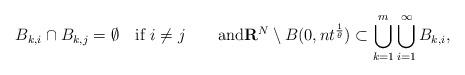
LaTeX: \begin{align*}B_{k,i}\cap B_{k,j}=\emptyset\quad\mbox{if $i\not=j$}\qquad\mbox{and}{\bf R}^N\setminus B(0,nt^\frac{1}{\theta})\subset\bigcup_{k=1}^m\bigcup_{i=1}^\infty B_{k,i},\end{align*}